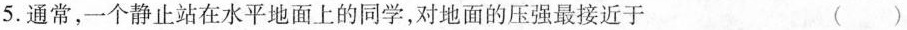
5.通常，一个静止站在水平地面上的同学，对地面的压强最接近于 ()